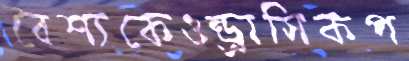
বৈশ্যকেওন্ড্রাসিকপ